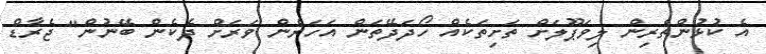
އެ ކުޅުންތެރިން ލިވަޕޫލަށް ތަށިތަކެއް ހޯދަދޭތަން އަހަރެން ވަރަށް ދެކެން ބޭނުން" ޖެރާޑް